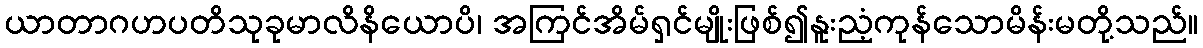
ယာတာဂဟပတိသုခုမာလိနိယောပိ၊ အကြင်အိမ်ရှင်မျိုးဖြစ်၍နူးညံ့ကုန်သောမိန်းမတို့သည်။